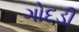
ગોદડી